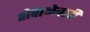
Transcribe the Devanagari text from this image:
शेवाळेवाडी